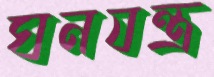
ঘনযন্ত্র